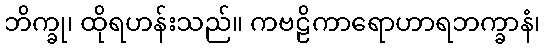
ဘိက္ခု၊ ထိုရဟန်းသည်။ ကဗဠိကာရောဟာရဘက္ခာနံ၊